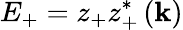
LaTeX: E_{+}=z_{+}z_{+}^{*}\left(\mathbf{k}\right)